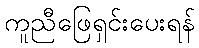
ကူညီဖြေရှင်းပေးရန်